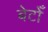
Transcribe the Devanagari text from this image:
बेटोँ